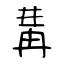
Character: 冓